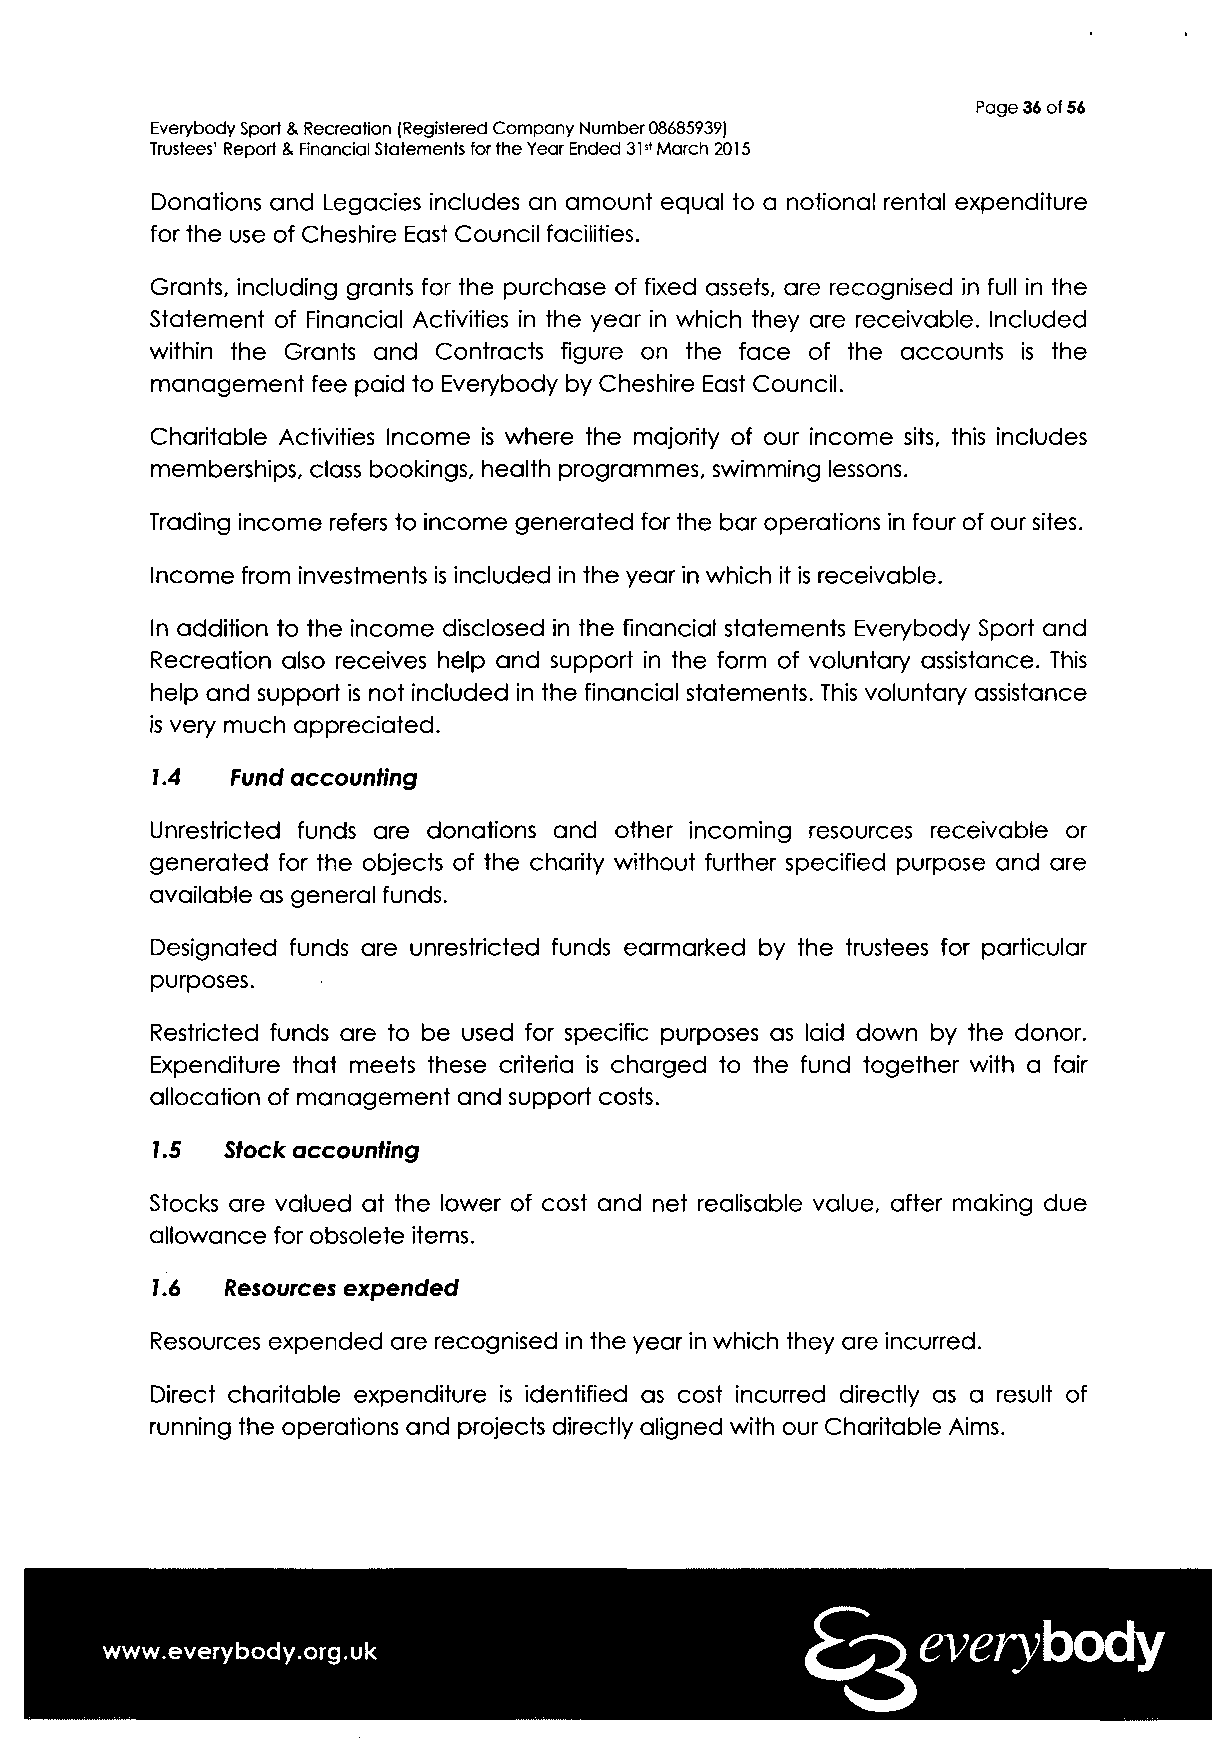
Page 36 of 56
 Everybody Sport & Recreation (Registered Company Number 08685939)
 Trustees' Report & Financial Statements for the Year Ended 31st March 2015
 Donations and Legacies includes an amount equal to a notional rental expenditure
 for the use of Cheshire East Council facilities.
 Grants, including grants for the purchase of fixed assets, are recognised in full in the
 Statement of Financial Activities in the year in which they are receivable. Included
 within the Grants and Contracts figure on the face of the accounts is the
 management fee paid to Everybody by Cheshire East Council.
 Charitable Activities Income is where the majority of our income sits, this includes
 memberships, class bookings, health programmes, swimming lessons.
 Trading income refers to income generated for the bar operations in four of our sites.
 Income from investments is included in the year in which it is receivable.
 In addition to the income disclosed in the financial statements Everybody Sport and
 Recreation also receives help and support in the form of voluntary assistance. This
 help and support is not included in the financial statements. This voluntary assistance
 is very much appreciated.
 7.4  Fund accounting
 Unrestricted funds are donations and other incoming resources receivable or
 generated for the objects of the charity without further specified purpose and are
 available as general funds.
 Designated funds are unrestricted funds earmarked by the trustees for particular
 purposes.
 Restricted funds are to be used for specific purposes as laid down by the donor.
 Expenditure that meets these criteria is charged to the fund together with a fair
 allocation of management and support costs.
 7.5  Stock accounting
 Stocks are valued at the lower of cost and net realisable value, after making due
 allowance for obsolete items.
 7.6  Resources expended
 Resources expended are recognised in the year in which they are incurred.
 Direct charitable expenditure is identified as cost incurred directly as a result of
 running the operations and projects directly aligned with our Charitable Aims.
 everybody
 www.everybody.org.uk